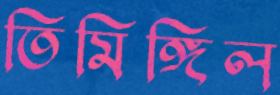
তিমিঙ্গিল